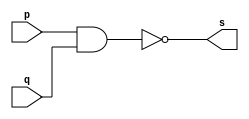
// ------------------------- 
// Exemplo0001 - NAND
// Nome: Marcio Santan Correa 
// ------------------------- 
// ------------------------- 
// -- nand gate 
// ------------------------- 
module nandgate ( output s, input p, q ); 
assign s = ~( p & q ) ; 
endmodule // nandgate 
// --------------------- 
// -- test nand gate 
// --------------------- 
module testnandgate; 
// ------------------------- dados locais 
reg a;
reg b; // definir registradores 
wire s; // definir conexao (fio) 
// ------------------------- instancia 
nandgate NAND1 (s, a, b); 
// ------------------------- preparacao 
initial begin:start 
// atribuicao simultanea 
// dos valores iniciais 
a=0; b=0; 
end 
// ------------------------- parte principal 
initial begin 
$display("Exercicio0001 - Marcio Santana Correa - 345368"); 
$display("Test NAND gate"); 
$display("\na ~& b = s\n"); 
a=0; b=0; 
#1 $display("%b ~& %b = %b", a, b, s); 
a=0; b=1; 
#1 $display("%b ~& %b = %b", a, b, s); 
a=1; b=0; 
#1 $display("%b ~& %b = %b", a, b, s); 
a=1; b=1; 
#1 $display("%b ~& %b = %b", a, b, s); 
end 
endmodule // testnandgate